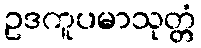
ဥဒကူပမာသုတ္တံ